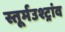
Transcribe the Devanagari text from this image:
स्तूर्मउश्ट्रांव